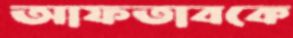
আফতাবকে